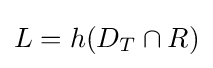
L=h(D_{T}\cap R)